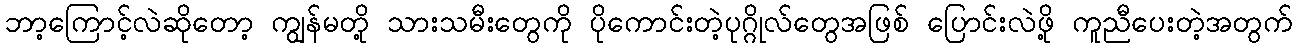
ဘာ့ကြောင့်လဲဆိုတော့ ကျွန်မတို့ သားသမီးတွေကို ပိုကောင်းတဲ့ပုဂ္ဂိုလ်တွေအဖြစ် ပြောင်းလဲဖို့ ကူညီပေးတဲ့အတွက်